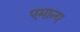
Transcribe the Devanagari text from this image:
एमान्य